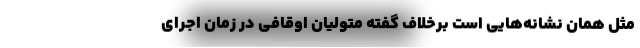
مثل همان نشانه‌هایی است برخلاف گفته متولیانِ اوقافی در زمان اجرای